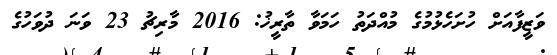
ވަޒީފާއަށް ހުށަހެޅުމުގެ މުއްދަތު ހަމަވާ ތާރީޚު: 2016 މާރިޗު 23 ވަނަ ދުވަހުގެ